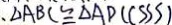
. \Delta A B C \cong \Delta A D C ( S S S )